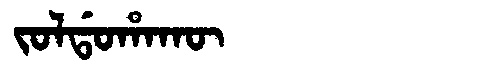
Manchu: ᠵᠣᠯᡩᠣᡥᠠᡴᡡ
Romanization: JOLDOHAKŪ